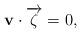
LaTeX: \begin{align*}\mathbf{v}\cdot \overrightarrow{\zeta}=0,\end{align*}